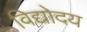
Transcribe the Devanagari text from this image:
विद्योदय